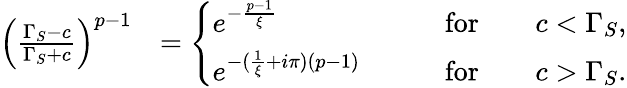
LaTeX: \begin{array}{rl}{\left(\frac{\Gamma_{S}-c}{\Gamma_{S}+c}\right)^{p-1}}&{=\left\{ \begin{array}{ll}{e^{-\frac{p-1}{\xi}}\qquad}&{\mathrm{for}\qquad c<\Gamma_{S},}\\ {e^{-(\frac{1}{\xi}+i\pi)(p-1)}\qquad}&{\mathrm{for}\qquad c>\Gamma_{S}.}\end{array}\right.}\end{array}